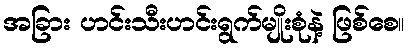
အခြား ဟင်းသီးဟင်းရွက်မျိုးစုံနဲ့ ဖြစ်စေ။